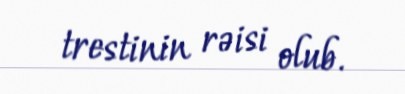
trestinin rəisi olub.